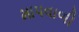
માપવાળી